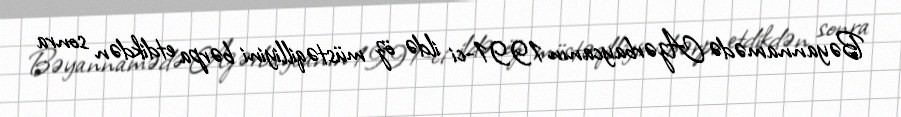
Bəyannamədə Azərbaycanın 1991-ci ildə öz müstəqilliyini bərpa etdikdən sonra